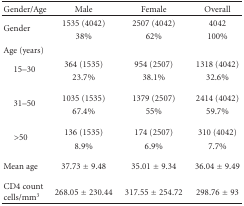
<table><thead><tr><td><b>Gender/Age </b></td><td><b>Male</b></td><td><b>Female</b></td><td><b>Overall</b></td></tr></thead><tbody><tr><td rowspan="2">Gender </td><td>1535 (4042) </td><td>2507 (4042) </td><td>4042 </td></tr><tr><td> 38%</td><td> 62%</td><td> 100%</td></tr><tr><td>Age (years)</td><td> </td><td> </td><td> </td></tr><tr><td rowspan="2"> 15–30</td><td>364 (1535) </td><td>954 (2507) </td><td>1318 (4042) </td></tr><tr><td> 23.7%</td><td> 38.1%</td><td> 32.6%</td></tr><tr><td></td><td> </td><td> </td><td> </td></tr><tr><td rowspan="2"> 31–50</td><td>1035 (1535) </td><td>1379 (2507) </td><td>2414 (4042) </td></tr><tr><td> 67.4%</td><td> 55%</td><td> 59.7%</td></tr><tr><td></td><td> </td><td> </td><td> </td></tr><tr><td rowspan="2"> &gt;50</td><td>136 (1535) </td><td>174 (2507) </td><td>310 (4042) </td></tr><tr><td> 8.9%</td><td> 6.9%</td><td> 7.7%</td></tr><tr><td></td><td> </td><td> </td><td> </td></tr><tr><td>Mean age</td><td>37.73 ± 9.48</td><td>35.01 ± 9.34</td><td>36.04 ± 9.49</td></tr><tr><td></td><td> </td><td> </td><td> </td></tr><tr><td>CD4 count cells/mm<sup>3</sup></td><td>268.05 ± 230.44</td><td>317.55 ± 254.72</td><td>298.76 ± 93</td></tr></tbody></table>